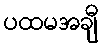
ပထမအချီ